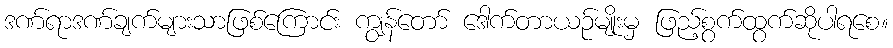
ဒဏ်ရာဒဏ်ချက်များသာဖြစ်ကြောင်း ကျွန်တော် ဒေါက်တာယဉ်မျိုးမှ ဖြည့်စွက်ထွက်ဆိုပါရစေ။